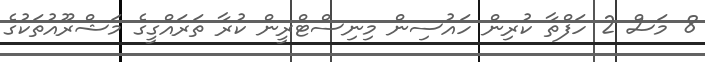
8 މަސް 2 ހަފްތާ ކުރިން ހައުސިން މިނިސްޓްރީން ކުރާ ތަރައްގީގެ މަޝްރޫއުތަކުގެ